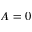
A = 0